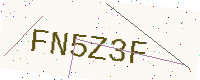
Text: FN5Z3F